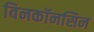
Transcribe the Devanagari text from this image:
विनकॉनसिन